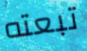
تبعته